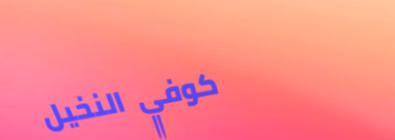
كوفي النخيل